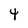
Character: 4